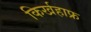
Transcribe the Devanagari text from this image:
किर्खहाफ्र